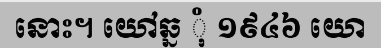
នោះ។ យៅឆ្ន ុំ ១៩៤៦ យោ